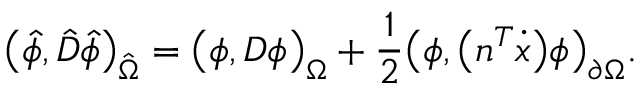
\big ( \hat { \phi } , \hat { D } \hat { \phi } \big ) _ { \hat { \Omega } } = \big ( \phi , D \phi \big ) _ { \Omega } + \frac { 1 } { 2 } \big ( \phi , \big ( n ^ { T } \dot { x } \big ) \phi \big ) _ { \partial \Omega } .